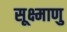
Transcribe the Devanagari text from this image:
सूक्ष्माणु